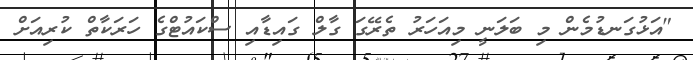
"އަޅުގަނޑުމެން މި ބަލަނީ މިއަހަރު ތެރޭގަ ގާލް ގައިޑާއި ސްކައުޓްގެ ހަރަކާތް ކުރިއަށް